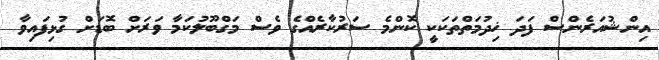
އިންޝުއަރެންސް ފަދަ ޚިދުމަތްތަކަކީ ކޮންމެ ސަރުކާރެއްގެ ވެސް މަގްބޫލުކަމާ ވަރަށް ބޮޑަށް ގުޅިފައިވާ